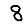
Digit: 8